Report on the working of the Ranchi Indian Mental Hospital, Kanke, in Bihar and Orissa - 1930-1940
Year: 1930
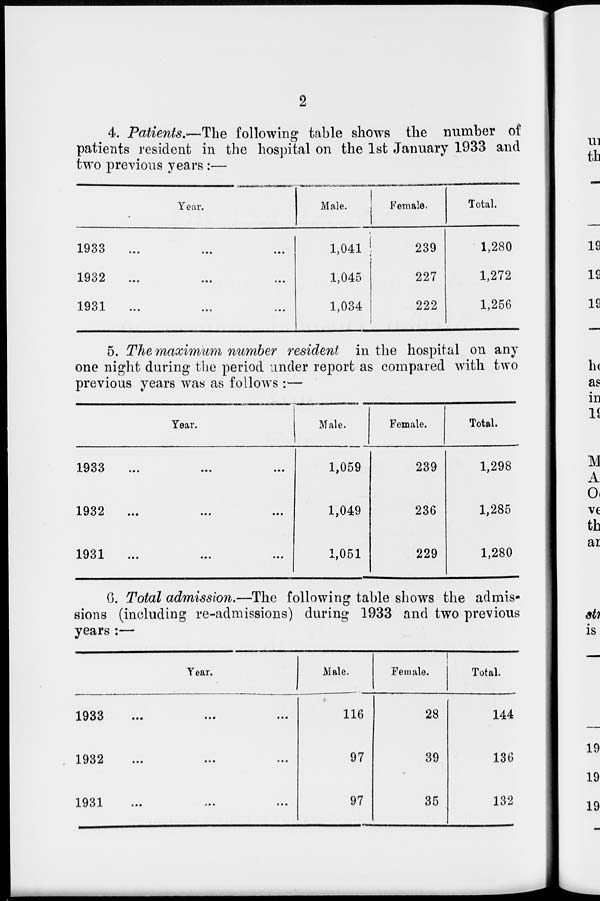
2
4. Patients.—The following table shows the number of
patients resident in the hospital on the 1st January 1933 and
two previous years:—
Year.
1933
...
...
...
1932 ... ... ...
1931
...
...
...
Male.
1,041
1,045
1,034
Female.
239
227
222
Total.
1,280
1,272
1,256
5. The maximum number resident in the hospital on any
one night during the period under report as compared with two
previous years was as follows :—
Year.
1933
...
...
...
1932
...
...
...
1931
...
...
...
Male.
1,059
1,049
1,051
Female.
239
236
229
Total.
1,298
1,285
1,280
G. Total admission.—The following table shows the admis-
sions (including re-admissions) during 1933 and two previous
years :—
Year.
1933
...
...
...
1932
...
...
...
1931
...
...
...
Male.
116
97
97
Female.
28
39
35
Total.
144
136
132